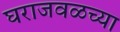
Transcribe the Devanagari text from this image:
घराजवळच्या